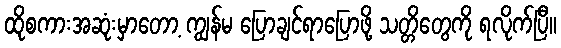
ထိုစကားအဆုံးမှာတော့ ကျွန်မ ပြောချင်ရာပြောဖို့ သတ္တိတွေကို ရလိုက်ပြီ။